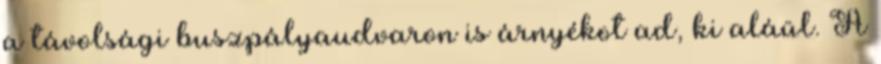
a távolsági buszpályaudvaron is árnyékot ad, ki aláül. A